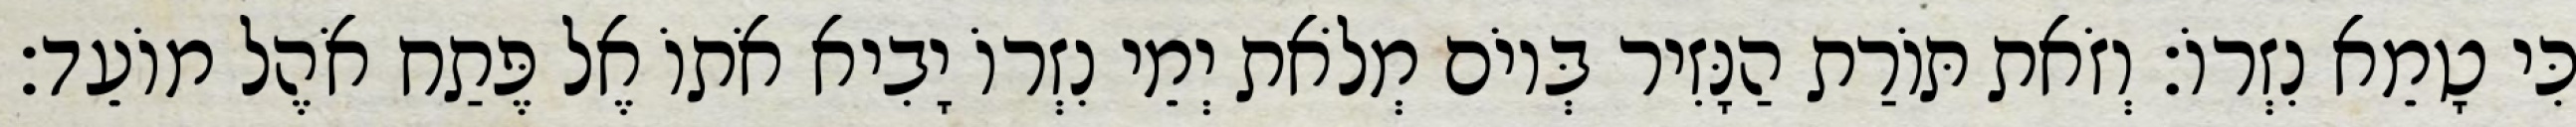
כִּי טָמֵא נִזְרוֹ׃ וְזֹאת תּוֹרַת הַנָּזִיר בְּיוֹם מְלֹאת יְמֵי נִזְרוֹ יָבִיא אֹתוֹ אֶל פֶּתַח אֹהֶל מוֹעֵד׃